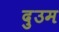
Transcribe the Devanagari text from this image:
दुउम